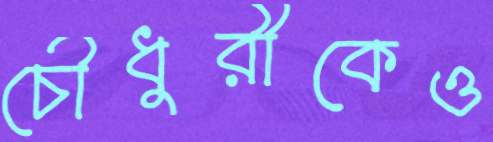
চৌধুরীকেও